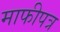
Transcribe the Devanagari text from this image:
माफीपत्र